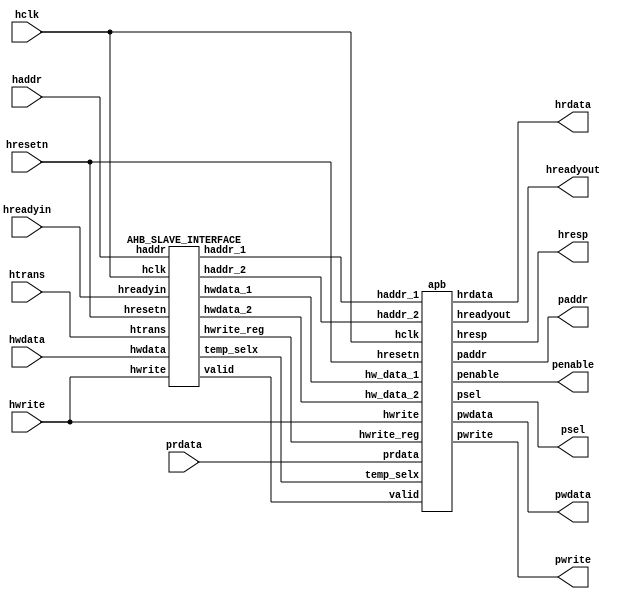
module bridge_top(hclk,hresetn,hwrite,hreadyin,htrans,haddr,hwdata,prdata,
					pwrite,penable,psel,paddr,pwdata,hreadyout,hresp,hrdata);


	input hclk,hresetn,hwrite,hreadyin;
	input [1:0]htrans;
	input [31:0] haddr,hwdata,prdata;

	output pwrite,penable;
	output [2:0] psel;
	output [31:0] paddr,pwdata,hrdata;
	output hreadyout;
	output [1:0] hresp;

	wire [31:0] haddr_1,haddr_2,hwdata_1,hwdata_2,hrdata;
	wire [2:0]temp_selx;


	apb uut1(valid,haddr_1,haddr_2,hwdata_1,hwdata_2,temp_selx,hreadyout,hclk,hresetn,hwrite,pwrite,penable,psel,paddr,pwdata,prdata,hwrite_reg,hresp,hrdata);
	AHB_SLAVE_INTERFACE uut2(hclk,hresetn,hwrite,hreadyin,htrans,haddr,hwdata,valid,haddr_1,haddr_2,hwdata_1,hwdata_2,temp_selx,hwrite_reg);

endmodule

module apb(valid,haddr_1,haddr_2,hw_data_1,hw_data_2,temp_selx,hreadyout,hclk,hresetn,hwrite,pwrite,penable,psel,paddr,pwdata,prdata,hwrite_reg,hresp,hrdata);

	input valid,hwrite,hclk,hresetn,hwrite_reg;
	input [2:0] temp_selx;
	input [31:0] haddr_2,haddr_1,hw_data_1,hw_data_2,prdata;

	output reg pwrite,penable,hreadyout;
	output reg [31:0] paddr,pwdata,hrdata;
	output reg [2:0] psel;
	output reg [1:0] hresp;

	reg pwrite_temp,penable_temp,hreadyout_temp;
	reg [31:0] paddr_temp,pwdata_temp;
	reg [2:0] psel_temp;

	parameter st_idle = 3'b000,st_wait = 3'b001,st_read=3'b010,st_write=3'b011,st_writep=3'b100;
	parameter st_renable=3'b101,st_wenable=3'b110,st_wenablep=3'b111;

	reg [2:0] ps,ns;

	//present state logic
	always @(posedge hclk)
	begin 
		if( hresetn )
			ps <= st_idle;
		else
			ps <= ns; 
	end

	//next state and output logic
	always @(*)
	begin 
		ns = st_idle;
		case(ps)

			st_idle: begin 

				
				if( valid && !hwrite)
					ns = st_read;

				else if(valid && hwrite)
					ns = st_wait;

	  			else if(!valid)
					ns = st_idle;

				//output 
				pwdata_temp = 0;
				penable_temp = 0;
				psel_temp = 0;
				pwrite_temp = 0;
				paddr_temp = 0;
				hreadyout_temp = 1;
			end

			
			st_wait: begin
				if(!valid)
					ns = st_write;
				else
					ns = st_writep;

				//output 
				pwdata_temp = 0;
				penable_temp = 1'b0;
				psel_temp = 3'b000;
				pwrite_temp = 1'b0;
				paddr_temp = 32'h00000000;
				hreadyout_temp = 1'b0;


			end 

			st_read: begin 
				ns = st_renable;

				//output 
				pwdata_temp = 32'h0000_0000;
				penable_temp = 1'b0;
				psel_temp = temp_selx;
				pwrite_temp = 1'b0;
				paddr_temp = haddr_2;
				hreadyout_temp = 1'b0;

			end

			st_write: begin
				if(valid)
					ns = st_wenablep;
				else
					ns = st_wenable;

				//output 
				pwdata_temp = hw_data_2;
				penable_temp = 1'b0;
				psel_temp = temp_selx;
				pwrite_temp = hwrite;
				paddr_temp = haddr_2;
				hreadyout_temp = 1'b0;

			end  

			st_writep:begin 
				ns  = st_wenablep;

				//output 
				pwdata_temp = hw_data_2;
				penable_temp = 1'b0;
				psel_temp = temp_selx;
				pwrite_temp = hwrite;
				paddr_temp = haddr_2;
				hreadyout_temp = 1'b0;


			end

			st_renable:begin 
				if(!valid)
					ns = st_idle;

				else if(valid && !hwrite)
					ns = st_read;

				else if(valid && hwrite)
					ns =st_wait;

				//output 
				pwdata_temp = 0;
				penable_temp = 1;
				psel_temp = temp_selx;
				pwrite_temp = 0;
				paddr_temp = haddr_2;
				hreadyout_temp = 1;


			end

			st_wenable: begin 
				if(!valid)
					ns = st_idle;
				else if(valid && !hwrite)
					ns = st_read;

				else if(valid && hwrite)
					ns =st_wait;

				//output 
				pwdata_temp = hw_data_2;
				penable_temp = 1'b1;
				psel_temp = temp_selx;
				pwrite_temp = hwrite;
				paddr_temp = haddr_2;
				hreadyout_temp = 1;


			end
			st_wenablep:begin 
				if(!valid && hwrite_reg)
					ns  = st_write;
				else if(valid && hwrite_reg)
					ns = st_writep;
				else
					ns = st_read;

				//output 
				pwdata_temp = hw_data_2;
				penable_temp = 1'b1;
				psel_temp  = temp_selx;
				pwrite_temp = hwrite;
				paddr_temp = haddr_2;
				hreadyout_temp = 1'b0;

			end


		endcase

	end


	always @(posedge hclk)
	begin 
		if(hresetn)
		begin 
			pwrite <= 0;
			penable <= 0;
			hreadyout <= 0;
			paddr <= 0;
			pwdata <= 0;
			psel <= 0;
		end

		else
		begin 
			pwrite <= pwrite_temp;
			penable <= penable_temp;
			hreadyout <= hreadyout_temp;
			paddr <= paddr_temp;
			pwdata <= pwdata_temp;
			psel <= psel_temp;
			hrdata <=prdata;
			
			end
	end

endmodule

module AHB_SLAVE_INTERFACE(hclk,hresetn,hwrite,hreadyin,htrans,haddr,hwdata,valid,haddr_1,haddr_2,hwdata_1,hwdata_2,temp_selx,hwrite_reg);

  input hclk,hresetn,hreadyin,hwrite;
  input [1:0] htrans;
  input [31:0] haddr,hwdata;

  output reg valid;
  output reg hwrite_reg;
  output reg [2:0] temp_selx;
  output reg [31:0]  hwdata_2,hwdata_1,haddr_2,haddr_1;

  parameter NONSEQ = 2'b10, SEQ= 2'b11;

  // address decoding

  always @(*)
  begin
    if(haddr >= 32'h80000000 && haddr < 32'h84000000)
      temp_selx = 3'b001;
    else if(haddr >= 32'h84000000 && haddr < 32'h88000000)
      temp_selx = 3'b010;
    else if(haddr >= 32'h88000000 && haddr < 32'h8C000000)
      temp_selx = 3'b100;
end

//pipelining

always @(posedge hclk)
begin 
  if(hresetn == 1'b1)
  begin 
    haddr_1 <= 32'h0;
    haddr_2 <= haddr_1;
    hwdata_1 <= 32'b0;
    hwdata_2 <= 32'b0;
    hwrite_reg <= 1'b0;
    end
  else
  begin
    haddr_1 <= haddr;
    haddr_2 <= haddr_1;
    hwdata_1 <= hwdata;
    hwdata_2 <= hwdata_1;
    hwrite_reg <= hwrite;

    end
end

//generating the valid signal

always @(*)
begin 
  valid = 1'b0;

  if(hreadyin == 1'b1 && (htrans == NONSEQ || htrans == SEQ) && (haddr >= 32'h80000000 && haddr < 32'h8C000000))
    valid = 1'b1;

end

endmodule